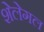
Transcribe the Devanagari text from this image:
शेलेगल